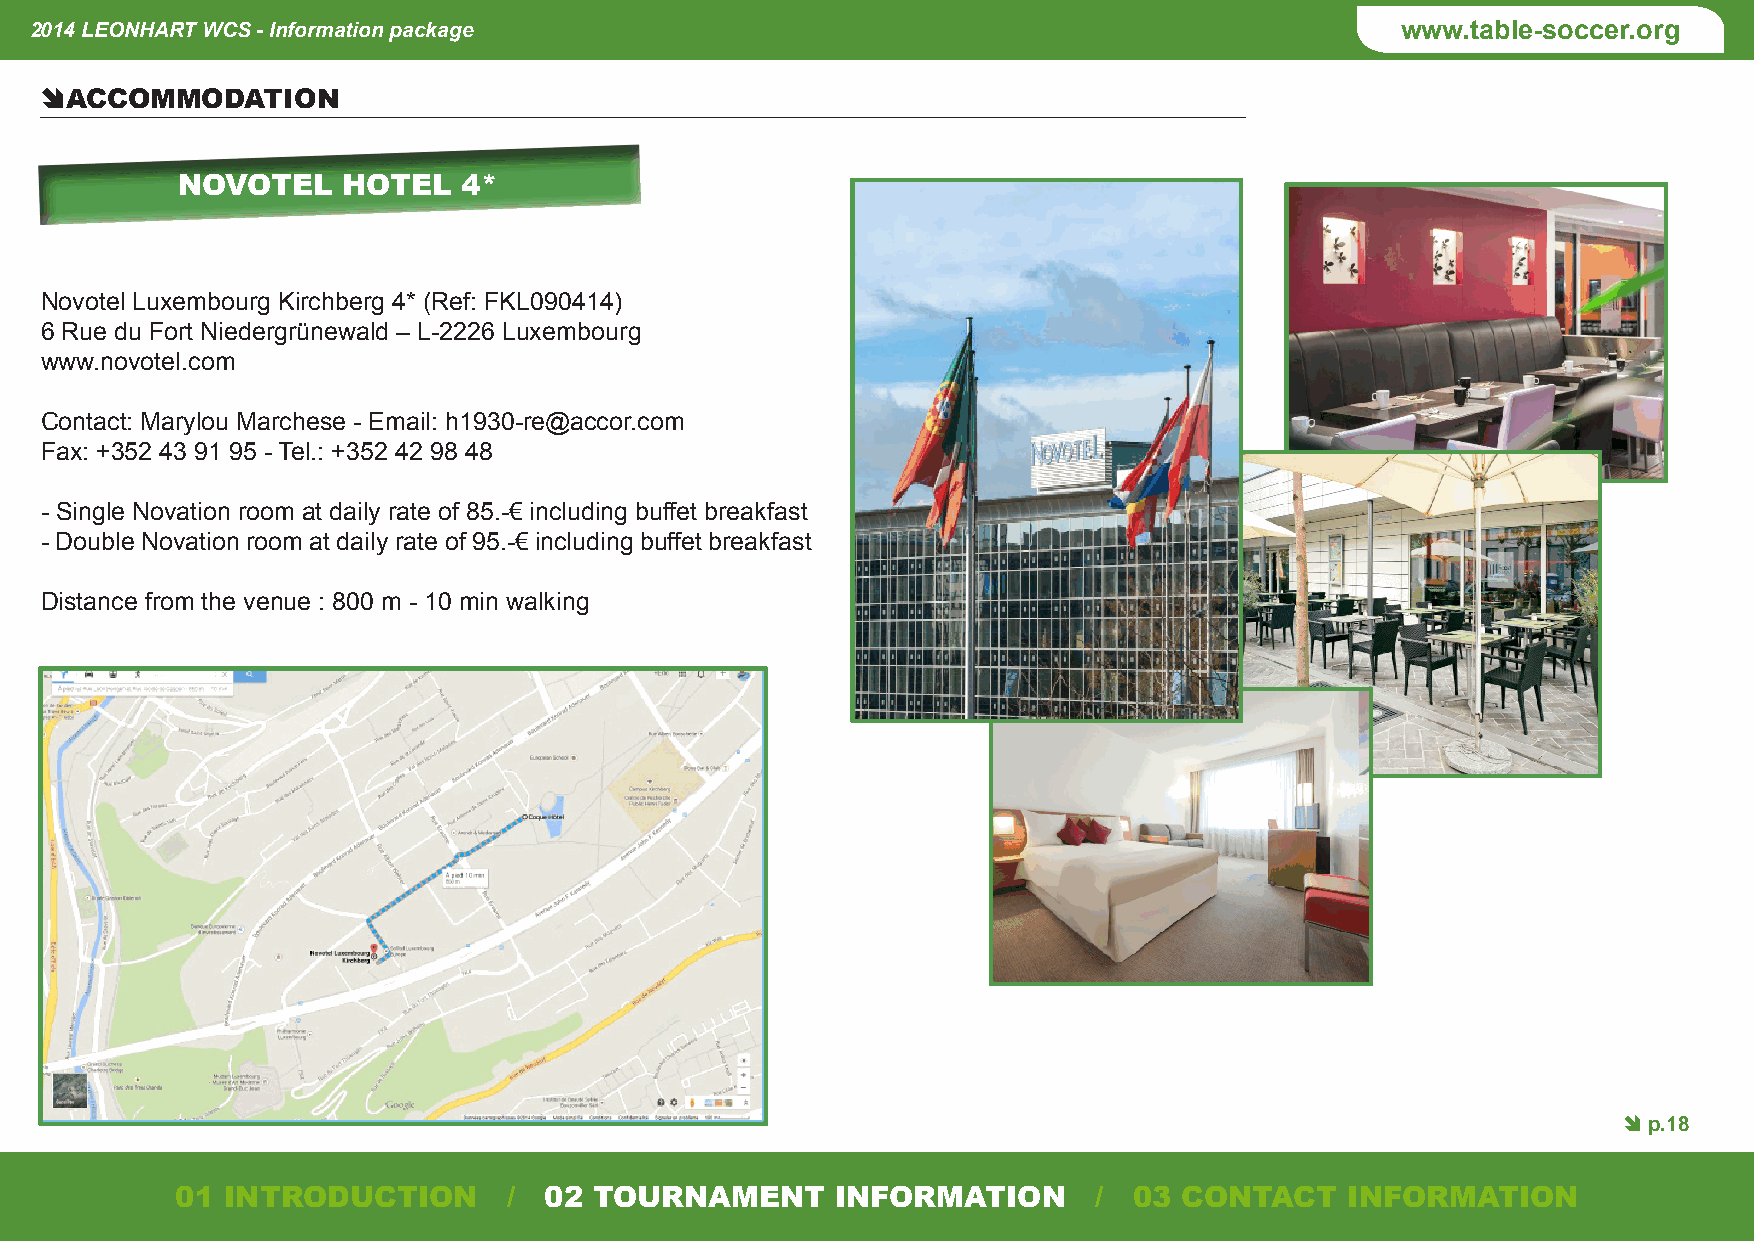
2014 LEONHART WCS - Information package                                                    www.table-soccer.org
 Ê ACCOMMODATION
 NOVOTEL    HOTEL   4*
 Novotel Luxembourg Kirchberg 4* (Ref: FKL090414)
 6 Rue du Fort Niedergrünewald – L-2226 Luxembourg
 www.novotel.com
 Contact: Marylou Marchese - Email: h1930-re@accor.com
 Fax: +352 43 91 95 - Tel.: +352 42 98 48
 - Single Novation room at daily rate of 85.-€ including buffet breakfast
 - Double Novation room at daily rate of 95.-€ including buffet breakfast
 Distance from the venue : 800 m - 10 min walking
 Ê p.18
 01 INTRODUCTION       / 02 TOURNAMENT      INFORMATION       / 03 CONTACT    INFORMATION